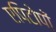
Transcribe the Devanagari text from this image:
एपिटोपों